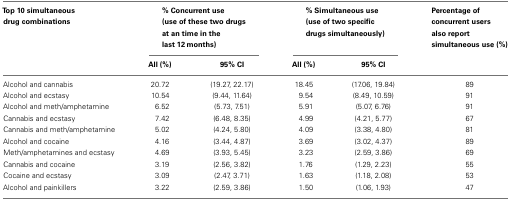
| Top 10 simultaneous drug combinations | <COLSPAN=2> % Concurrent use (use of these two drugs at an time in the last 12 months) | <COLSPAN=2> % Simultaneous use (use of two specific drugs simultaneously) | Percentage of concurrent users also report simultaneous use (%) |
 |  | All (%) | 95% CI | All (%) | 95% CI |  |
 | --- | --- | --- | --- | --- | --- |
 | Alcohol and cannabis | 20.72 | (19.27, 22.17) | 18.45 | (17.06, 19.84) | 89 |
 | Alcohol and ecstasy | 10.54 | (9.44, 11.64) | 9.54 | (8.49, 10.59) | 91 |
 | Alcohol and meth/amphetamine | 6.52 | (5.73, 7.51) | 5.91 | (5.07, 6.76) | 91 |
 | Cannabis and ecstasy | 7.42 | (6.48, 8.35) | 4.99 | (4.21, 5.77) | 67 |
 | Cannabis and meth/amphetamine | 5.02 | (4.24, 5.80) | 4.09 | (3.38, 4.80) | 81 |
 | Alcohol and cocaine | 4.16 | (3.44, 4.87) | 3.69 | (3.02, 4.37) | 89 |
 | Meth/amphetamines and ecstasy | 4.69 | (3.93, 5.45) | 3.23 | (2.59, 3.86) | 69 |
 | Cannabis and cocaine | 3.19 | (2.56, 3.82) | 1.76 | (1.29, 2.23) | 55 |
 | Cocaine and ecstasy | 3.09 | (2.47, 3.71) | 1.63 | (1.18, 2.08) | 53 |
 | Alcohol and painkillers | 3.22 | (2.59, 3.86) | 1.50 | (1.06, 1.93) | 47 |